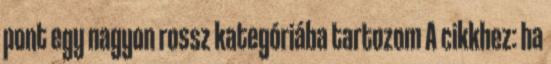
pont egy nagyon rossz kategóriába tartozom A cikkhez: ha